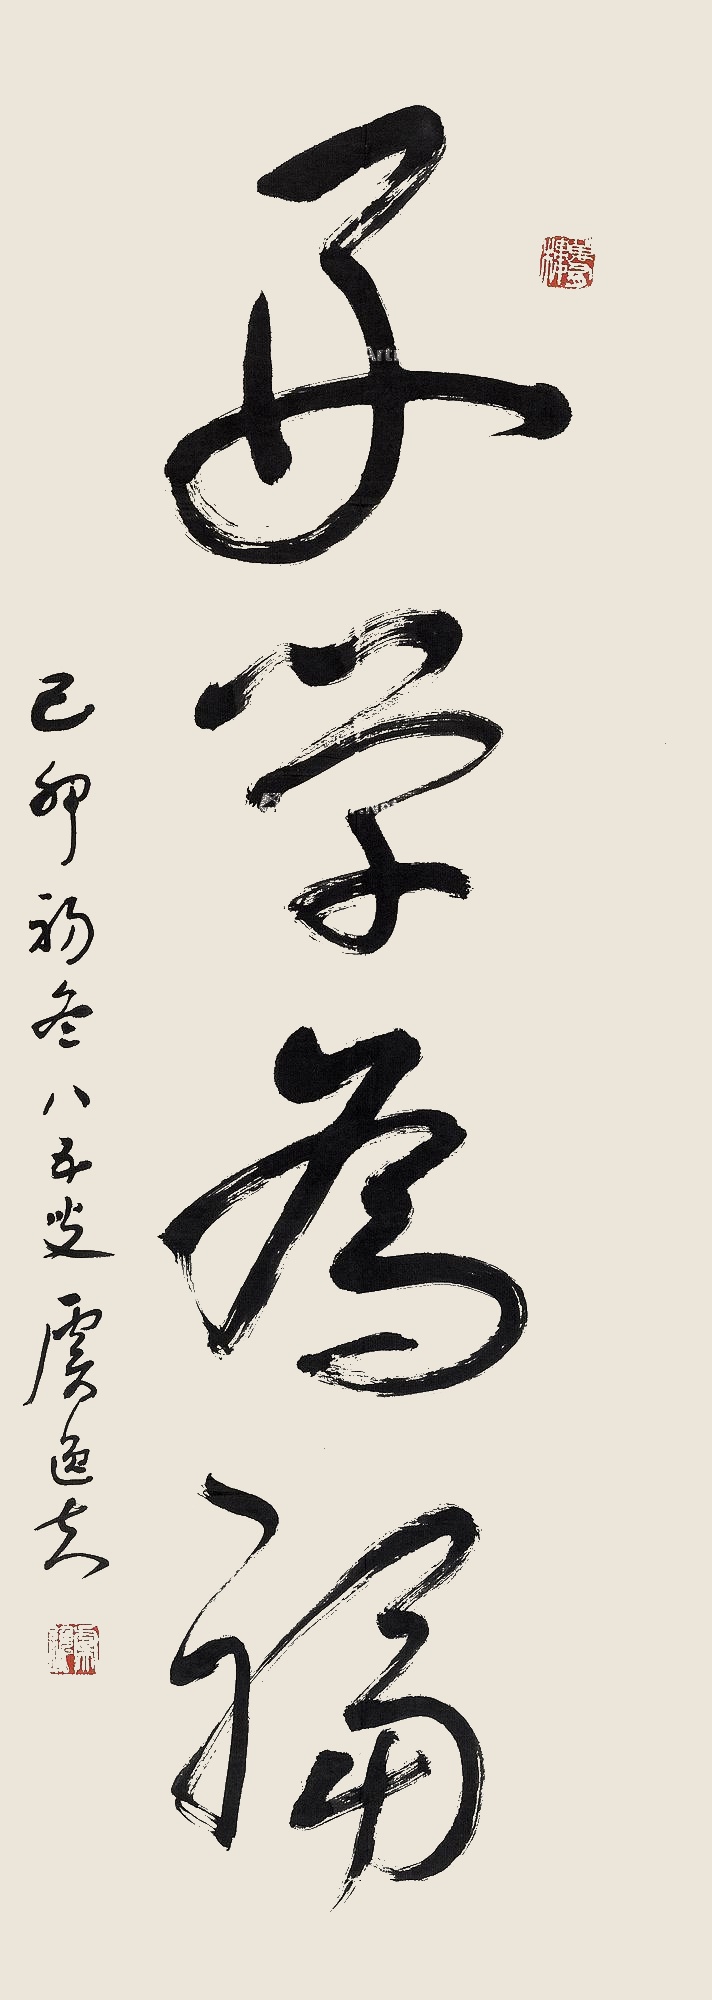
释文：好学为福。己卯（1999年）初冬八五叟虞逸夫。